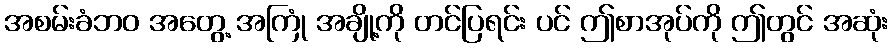
အစမ်းခံဘဝ အတွေ့ အကြုံ အချို့ကို တင်ပြရင်း ပင် ဤစာအုပ်ကို ဤတွင် အဆုံး